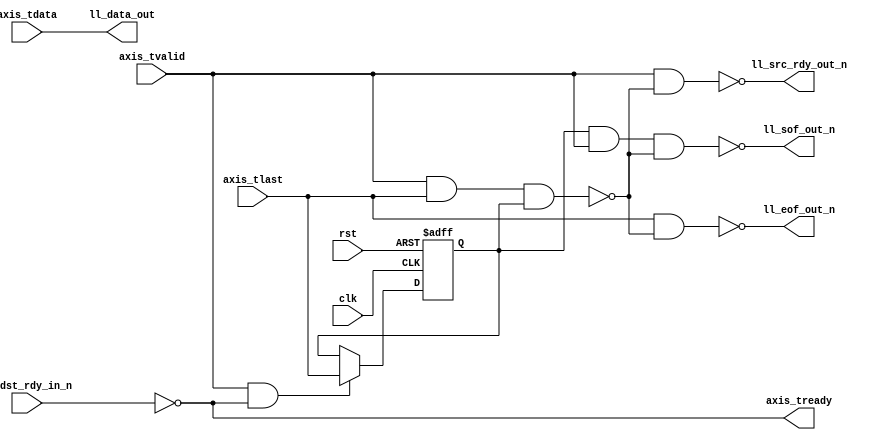
module axis_ll_bridge #
(
    parameter DATA_WIDTH = 8
)
(
    input  wire                   clk,
    input  wire                   rst,
    
    /*
     * AXI input
     */
    input  wire [DATA_WIDTH-1:0]  axis_tdata,
    input  wire                   axis_tvalid,
    output wire                   axis_tready,
    input  wire                   axis_tlast,
    
    /*
     * LocalLink output
     */
    output wire [DATA_WIDTH-1:0]  ll_data_out,
    output wire                   ll_sof_out_n,
    output wire                   ll_eof_out_n,
    output wire                   ll_src_rdy_out_n,
    input  wire                   ll_dst_rdy_in_n
);

reg last_tlast = 1'b1;

always @(posedge clk or posedge rst) begin
    if (rst) begin
        last_tlast = 1'b1;
    end else begin
        if (axis_tvalid & axis_tready) last_tlast = axis_tlast;
    end
end

// high for packet length 1 -> cannot set SOF and EOF in same cycle
// invalid packets are discarded
wire invalid = axis_tvalid & axis_tlast & last_tlast;

assign axis_tready = ~ll_dst_rdy_in_n;

assign ll_data_out = axis_tdata;
assign ll_sof_out_n = ~(last_tlast & axis_tvalid & ~invalid);
assign ll_eof_out_n = ~(axis_tlast & ~invalid);
assign ll_src_rdy_out_n = ~(axis_tvalid & ~invalid);

endmodule